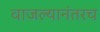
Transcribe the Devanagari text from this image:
वाजल्यानंतरच